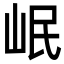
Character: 岷